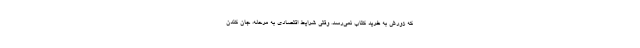
که زورش به خرید کتاب نمی‌رسد. وقتی شرایط اقتصادی به مرحله، جان کندن